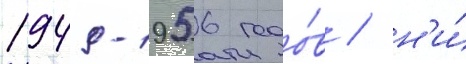
1949-1956 годо́в / н'и́